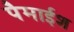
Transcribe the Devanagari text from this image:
पैमाईश